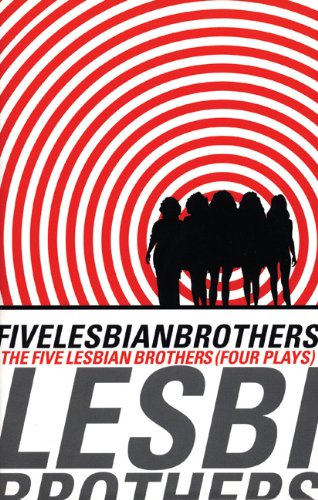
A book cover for Five Lesbian Brothers/ Four Plays; Literature & Fiction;